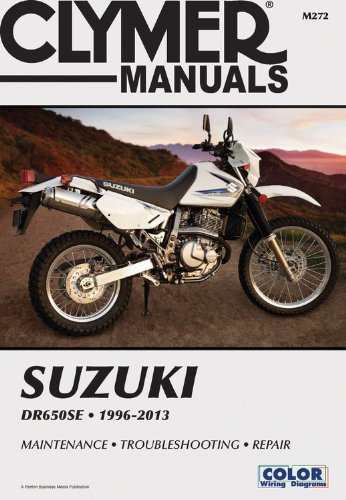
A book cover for Suzuki DR650SE 1996-2013 (Clymer Motorcycle Repair); Penton Staff; Engineering & Transportation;